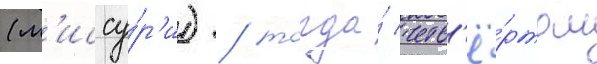
(м'иссу́р'и) / тогда́ четв'ё́ртом